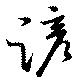
諺